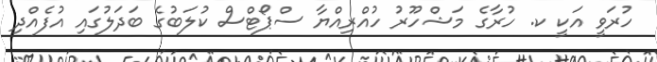
ހުރަވީ އަކީ ކ. ހުރާގެ މަޝްހޫރު ހުއްރިއްޔާ ސްޕޯޓްސް ކުލަބުގެ ބަދަލުގައި އުފެއްދި